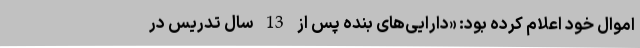
اموال خود اعلام کرده بود: «دارایی‌های بنده پس از 13 سال تدریس در